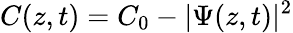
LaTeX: C(z,t)=C_{0}-|\Psi(z,t)|^{2}